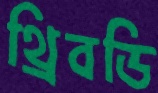
থ্রিবডি